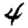
Digit: 4